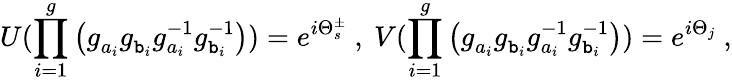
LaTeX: U(\prod_{i=1}^{g}\left(g_{a_{i}}^{~}g_{\mathtt{b}_{i}}^{~}g_{a_{i}}^{-1}g_{\mathtt{b}_{i}}^{-1}\right))=e^{i\Theta_{s}^{\pm}}~,~V(\prod_{i=1}^{g}\left(g_{a_{i}}^{~}g_{\mathtt{b}_{i}}^{~}g_{a_{i}}^{-1}g_{\mathtt{b}_{i}}^{-1}\right))=e^{i\Theta_{j}}~,